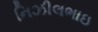
નિઝીલભાઇ